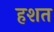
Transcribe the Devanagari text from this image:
हशत